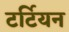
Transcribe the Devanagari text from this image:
टर्टियन